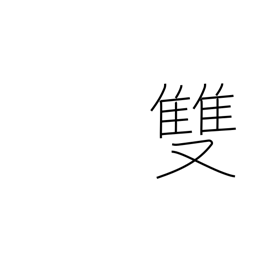
Meaning: counter for pairs